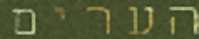
הערים